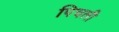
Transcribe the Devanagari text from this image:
पिचली